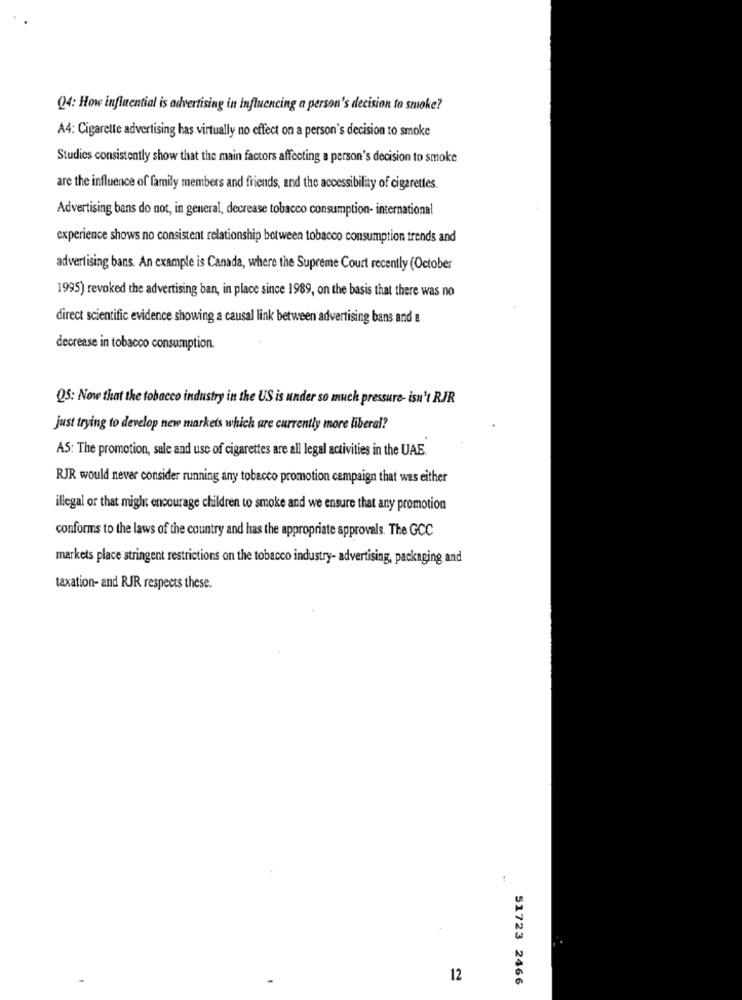
Q4: How influential is advertising in influencing a person's decision to smoke?
A4: Cigarette advertising has virtually no effect on a person's decision to smoke
Studies consistently show that the main factors affecting a person's decision to smoke
are the influence of family members and friends, and the accessibility of cigarettes.
Advertising bans do not, in general, decrease tobacco consumption- international
experience shows no consistent relationship between tobacco consumption trends and
advertising bans. An example is Canada, where the Supreme Court recently (October
1995) revoked the advertising ban, in place since 1989, on the basis that there was no
direct scientific evidence showing a causal link between advertising bans and a
decrease in tobacco consumption.
Q5: Now that the tobacco industry in the US is under so much pressure- isn't RJR
just trying to develop new markets which are currently more liberal?
AS: The promotion, sale and use of cigarettes are all legal activities in the UAE.
RJR would never consider running any tobacco promotion campaign that was either
illegal or that might encourage children to smoke and we ensure that any promotion
conforms to the laws of the country and has the appropriate approvals. The GCC
markets place stringent restrictions on the tobacco industry- advertising, packaging and
taxation- and RJR respects these.
12
51723 2466